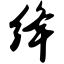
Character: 绛